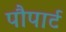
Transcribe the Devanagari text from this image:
पौपार्ट